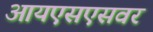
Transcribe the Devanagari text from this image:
आयएसएसवर